Bréfritari: Friðbjörn Bjarnarson
Viðtakandi: Einar Friðgeirsson
Dagsetning: A-1881-01-08
Skrifað á: Möðruvöllum  Eyf.

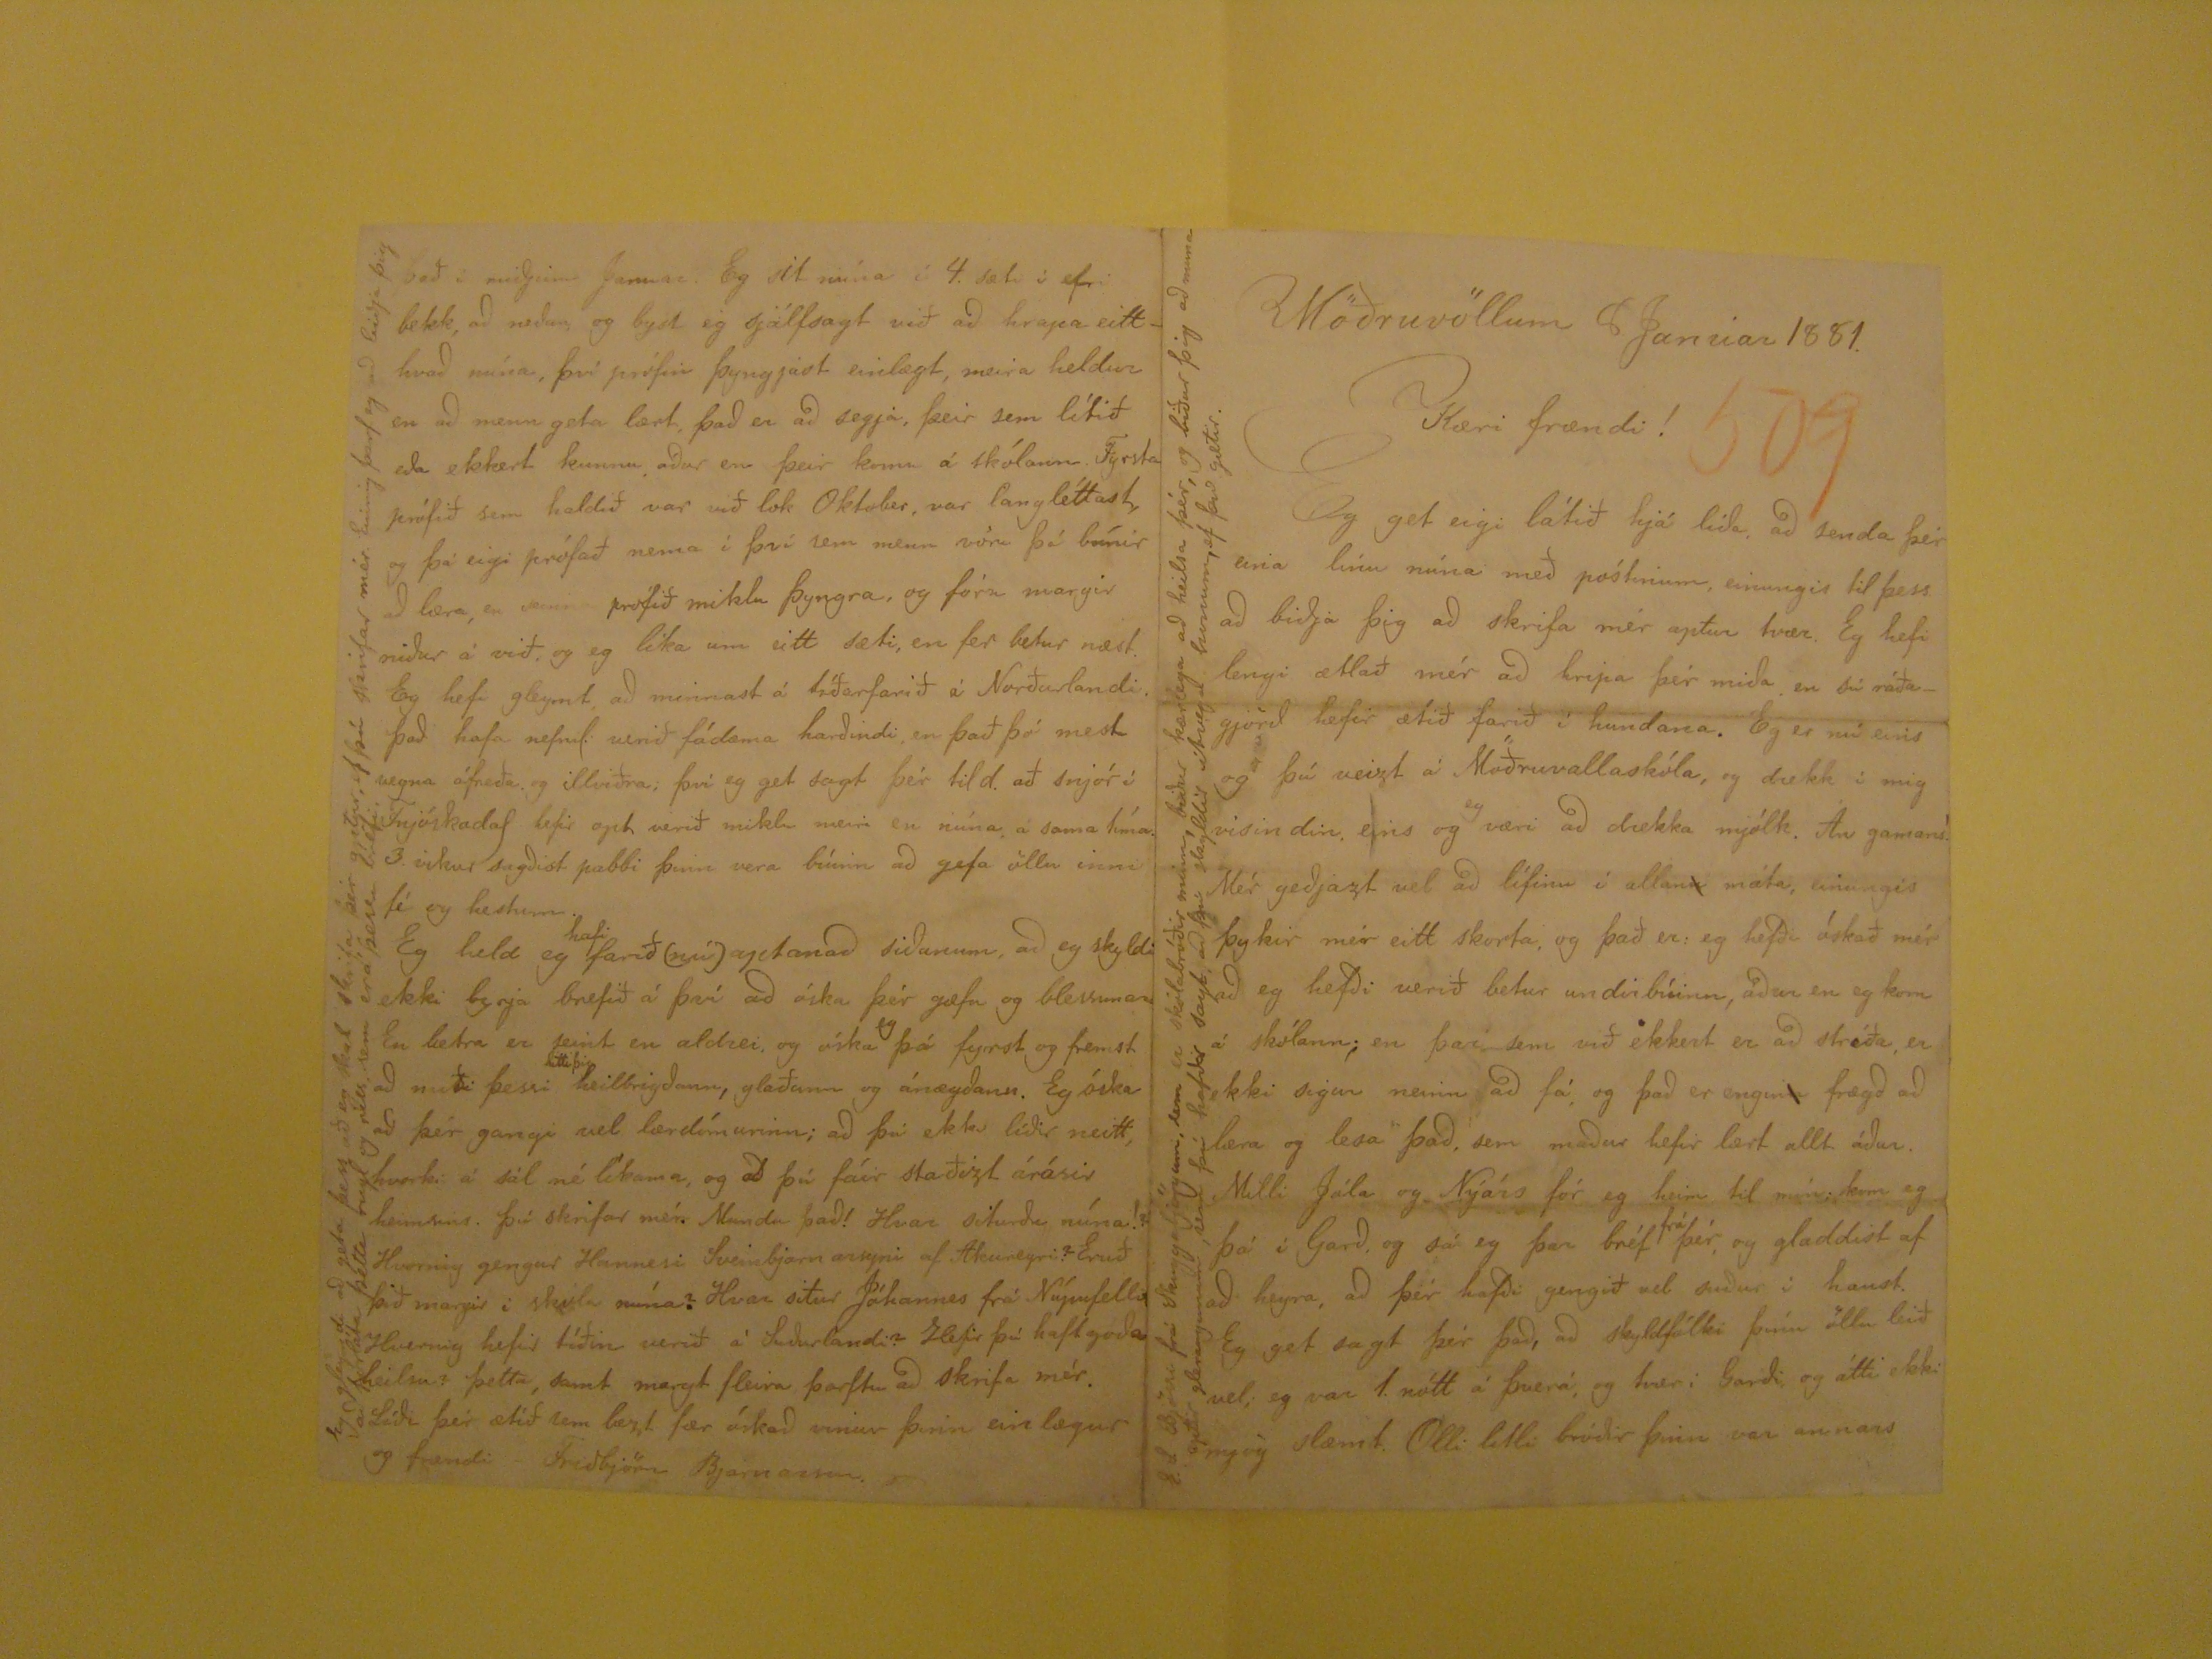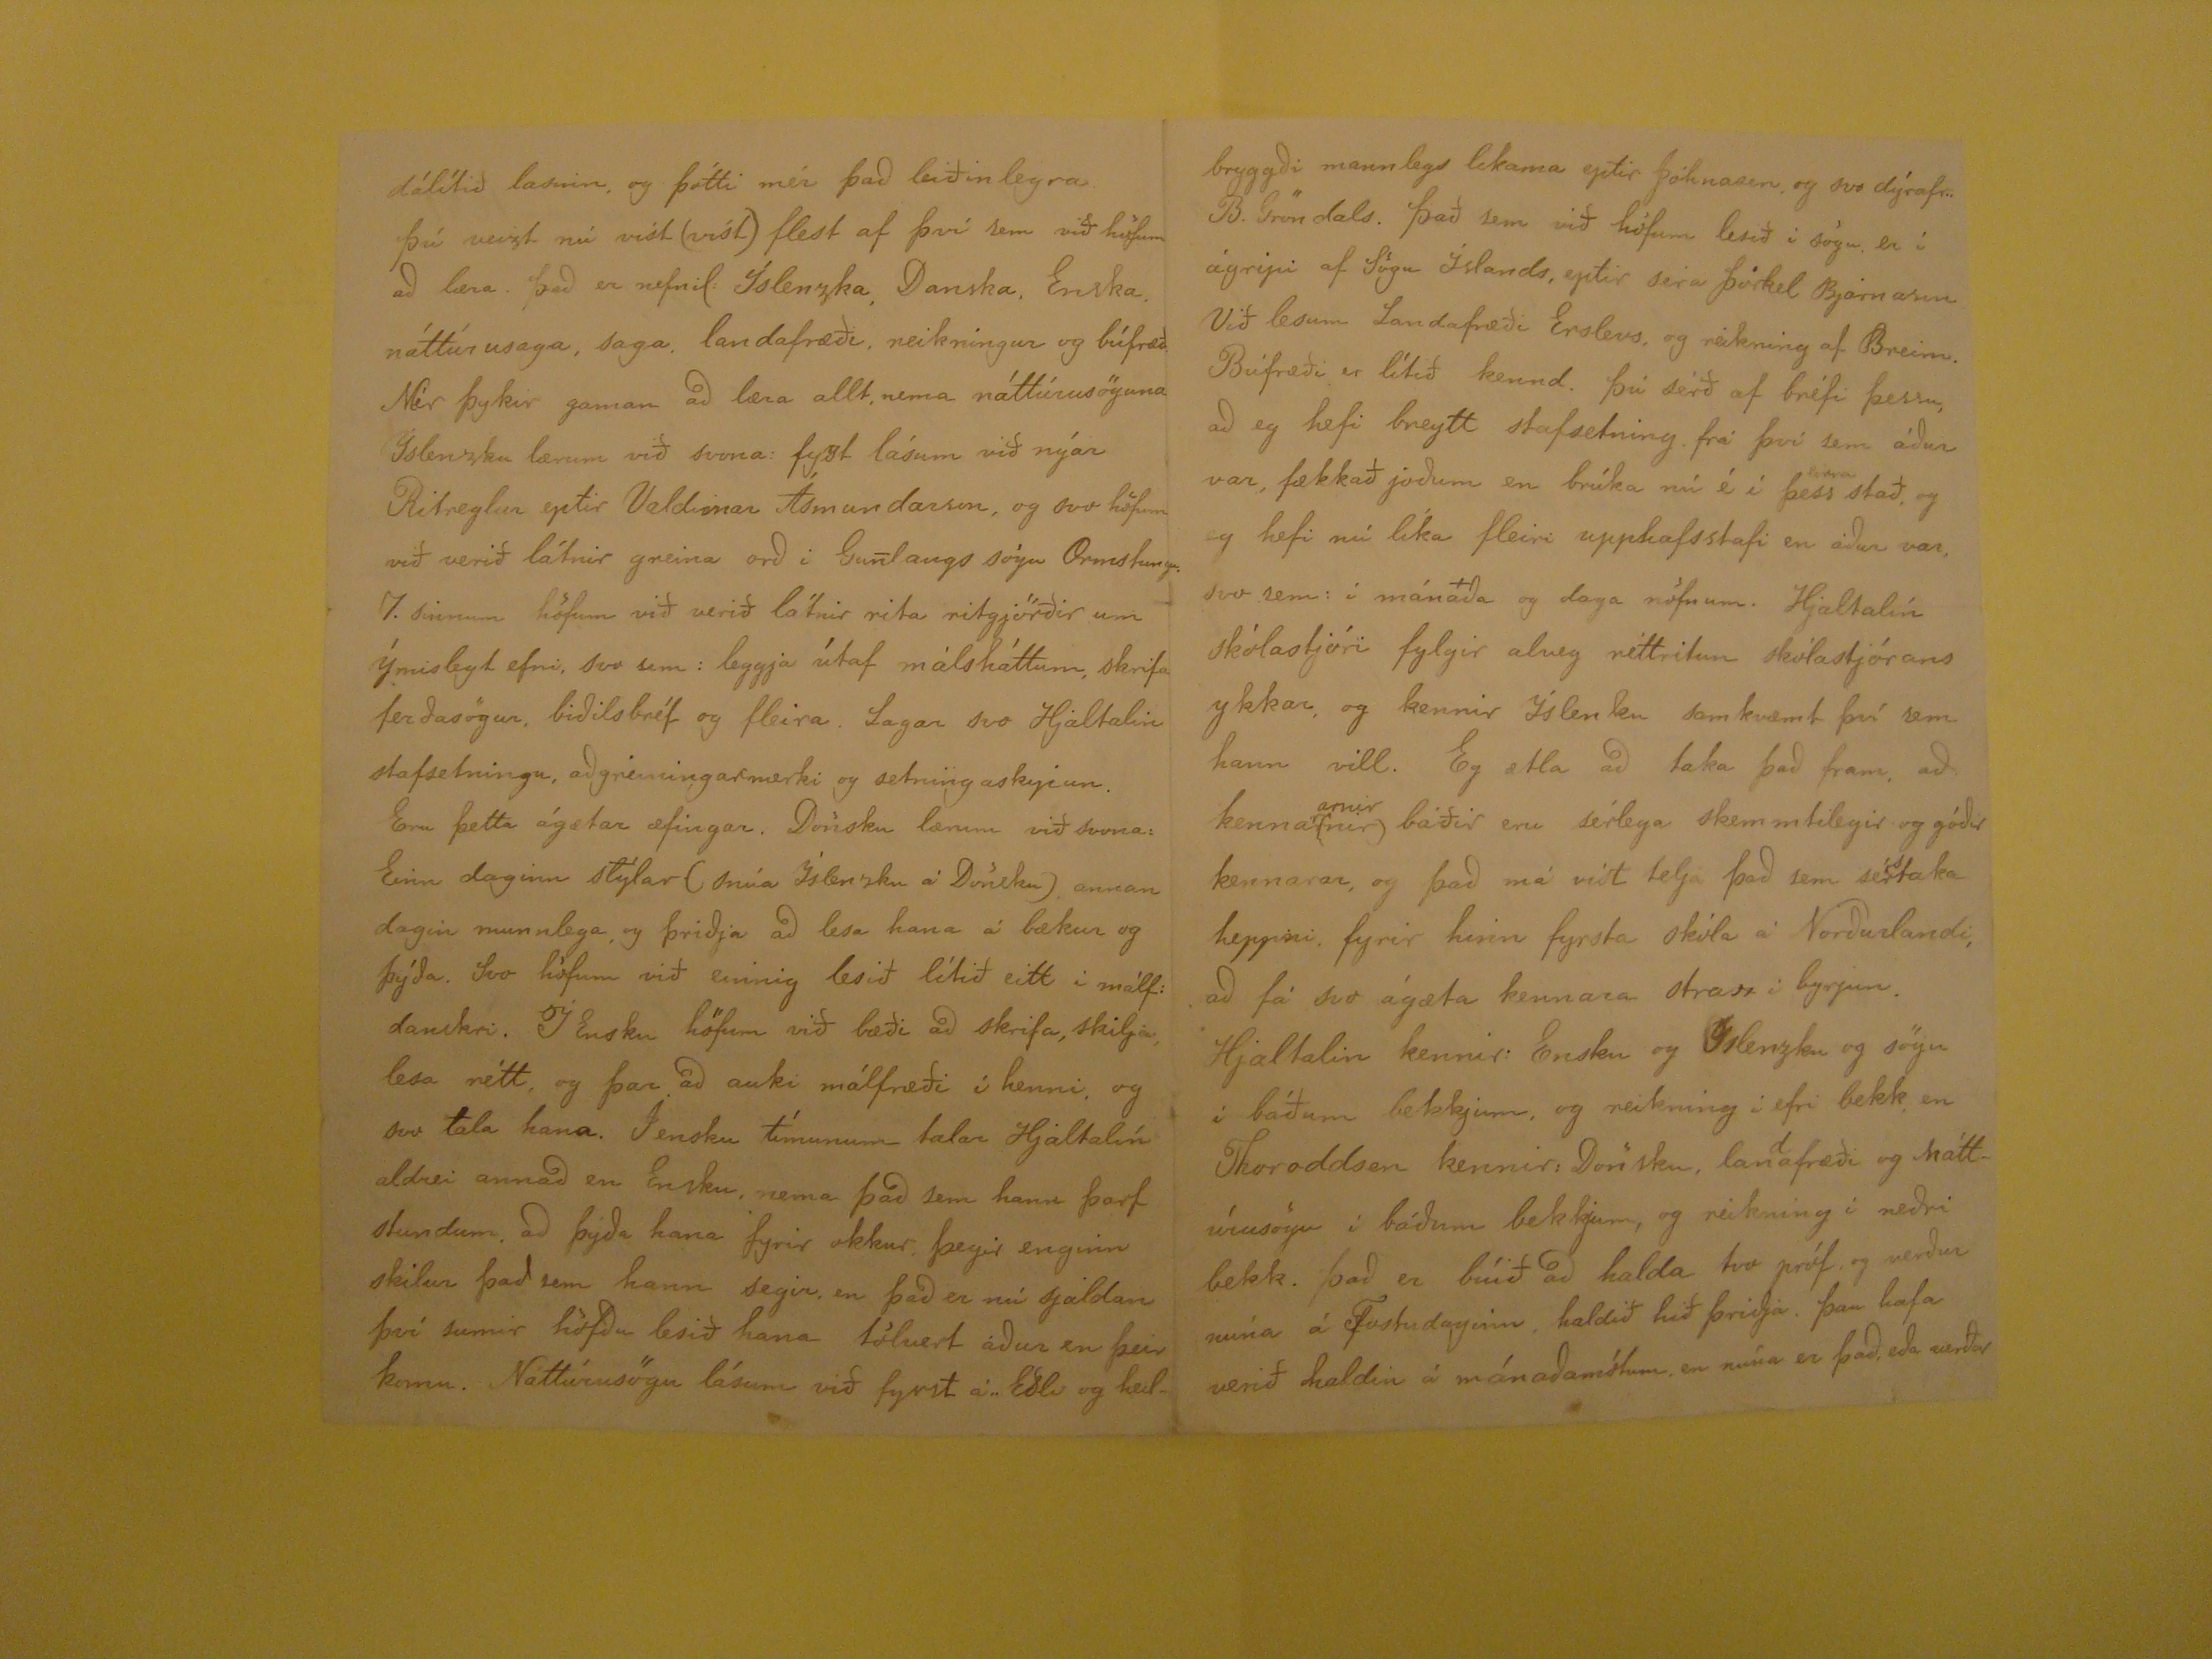

Möðruvölum 8 Janúar 1881.
Kæri frændi!
Eg get eigi látið hjá líða, að senda þér eina línu núna með póstinum, einungis til þess að biðja þig að skrifa mér aptur tvær. Eg hefi lengi ætlað mér að hripa þér
miða en sú ráðagjörð hefir ætíð farið í hundana. Eg er nú eins og þú veizt á Möðruvallaskóla, og drekk í mig visindin, eins og
eg væri að drekka mjólk. Ám gamans! Mér geðjazt vel að lífinu í allan
n
máta, einungis þykir mér eitt skorta,
og það er: eg hefði óskað mér að eg hefði verið betur undirbúinn, áður en eg kom á skólann; en þar sem við ekkert er að stríða, er ekki sigur neinn að fá, og það er
engin
n
frægð að læra og lesa það, sem maður hefir lært allt áður. Milli Jóla og Nýárs fór eg heim til mín; kom eg þá
í Garð, og sá eg þar bréf
frá
þér, og gladdist af að heyra, að þér hafði gengið vel suður í haust. Eg get sagt þér það,
að skyldfólki þínu öllu leið vel; eg var 1. nótt á Þverá, og tvær í Garði og átti ekki nyog slæmt. Olli litli bróðir þinn var annars
E.S. Bjössi frá Skuggabjörgum, sem er skólabróðir minn, biður kærlega að heila þér, og biður þig að muna eptir gleraugunum ,sem þú hafðir sagt að því skyldir útvega
honum, ef þú gætir.
dálítið lasinn, og þótti mér það eliðinlegra þú veizt nú víst (víst) flest af því sem við höfum að læra. Það er nefnil. Íslenzka, Danska, Enska, náttúrusaga, saga,
landafræði, reikningur og búfræð Mér þykir gaman að læra allt, nema náttúrusöguna Íslenzku lærum við svona: fyzt lásum við nýarRitreglur eptir Valdimar Ásmundarson,
og svo höfum við verið látnir greina orð í Gunlaugs sögu Ormstungu. 7. sinnum höfum við verið látnir rita ritgjörðir um ýmislegt efni, svo sem : leggja útaf málsháttum,
skrifa ferðasögur, biðilsbréf og fleira. Lagar svo Hjaltalin stafsetningu, aðgrenningarmerki og setningaskipun. Eru þetta ágætar æfingar. Dönsku lærumvið svona:
Einn daginn stýlar (snúa Íslensku á Dönsku) annan dagin munnlega, og þriðja að lesa hana á bækur og þýða. Svo höfum við einnig lesið lítið eitt í málf: danskri.
Í Ensku höfum við bæði að skrifa, skilja, lesa rétt, og þar að auki málfræði í henni, og svo tala hana. Í ensku tímunum talar Hjaltalíun aldrei annað en Ensku, nema það
sem hann þarf stundum. að þýða hana fyrir okkur, þegir enginn skilur það sem hann segir, en það er nú sjaldan því sumir höfðu lesið hana töluvert áður en þeir
komu. Náttúrusögu lásum við fyrst á "Eðli og heil-
bryggði mannlegs likama eptir Jóhanesen, og svo dýrafr.. B. Gröndals. Það sem við höfum lesið í sögu er í ágripi af Sögu Íslands, eptir sera Þorkel Bjarnason Við
lesum Landafræði Erslevs, og reikning af Breim. Búfræði er lítið kennd. Þú sérð af bréfi þessu, að eg hefi breytt stafsetning frá því sem áður var, fækkað joðum en
brúka nú é í þess
þeirra
stað, og eg hefi nú líka fleiri upphafsstafi en áður var, svo sem: í
mánaða og daga nöfnum. Hjaltalín skólastjóri fylgir alveg réttritun skólastjórans ykkar, og kennir Íslensku samkvæmt því sem hann vill. Eg ætla að taka það fram, að
kenna(nir)
rarnir
báðir eru sérlega skemmtilegir og góðir kennarar, og það má víst telja það sem sérstaka heppni,
fyrir hinn fyrsta skóla á Norðurlandi, að fá svo ágæta kennara straz í byrjun. Hjaltalin kennir: Ensku og Islenzku og sögu í báðum bekkjum, og reikning í efni bekk,
en Thoroddsen kennir: Dönsku, landafræði og náttúrusögu í báðum bekkjnum, og reikning í neðri bekk. Það er búið að halda tvo próf, og verður núna á Fostudaginn
haldið hið þriðja. Þau hafa verið haldin á mánaðamótum, en núna er það, eða verður
það í miðjum Januar. Eg sit núna í 4. sæti í efri bekk, að neður, og byst eg sjálfsagt við að hrapa eitthvað núna, því prófin þyngjast einlægt, meira heldur en að menn geta
lært, það er að segja, þeir sem lítið eða ekkert kunnu áður en þeir komu á skólann. Fyrsta prífið sem haldið var við lok Oktober, var langléttast, og þá eigi prófað
nema í því sem menn vóru þá búnir að læra, en
seinna
prófið miklu þyngra, og fóru margir niður á við, og eg líka um eitt sæti, en fer betur næst.
Eg hef gleymt, að minnast á tíðarfarið á Norðurlandi. Það hafa nefnil. verið fádæma harðindi, en það þó mest vegna áfreða, og illviðra; því eg get sagt þér til d. að snjór
í Fnjóskadal hefir opt verið miklu meiri en núna, á sama tíma. 3. vikur sagðist pabbi þinn vera búinn að gefa öllu inni fé og hestum. Eg held eg
place="supralinear">hafi
farið (nú) aptanað siðunum, að eg skyldi ekki byrja brefið á því að óska þér gæfu og blessunar En betra er seint en aldrei, og óska
eg
þá fyrst og fremst að miði þessi
hitti þig
heilbrigðann, glaðann
og ánægðann. Eg óska að þér gangi vel lærdómurinn; að þú ekki líðir neitt, hvorki á sál né líkama, og að þú fáir staðizt árásir heimsins. Þú skrifar mér. Mundu það!
Hvar siturðu núna!? Hvernig gengur Hannesi Sveinbjarnarsyni af Akureyri? Eruð þið margir í skóla núna? Hvar situr Jóhannes frá Núpufelli Hvernig hefir tíðin verið
á Suðurlandi? hefir þú haft góiða heilsu? þetta, samt margt fleira þarftu að skrifa mér. Líði þér ætíð sem bezt fær óskað vinur þinn einlægur og frændi - Friðbjörn
Bjarnasson.
Eg gleymdi að geta þess að eg skal skrifa þér aptur, ef þú skrifar mér. Einnig þarf eg að biðja þig að forláta þetta
rugl og riss, sem er á þessu bréfi.